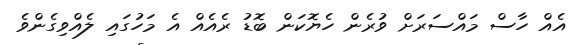
އެއް ހާސް މައްސަރަށް ވުރެން ހެޔޮކަން ބޮޑު ރެއެއް އެ މަހުގައި ލެއްވިގެންވެ